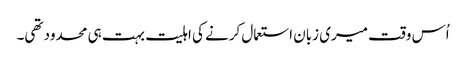
اُس وقت میری زبان استعمال کرنے کی اہلیت بہت ہی محدود تھی۔